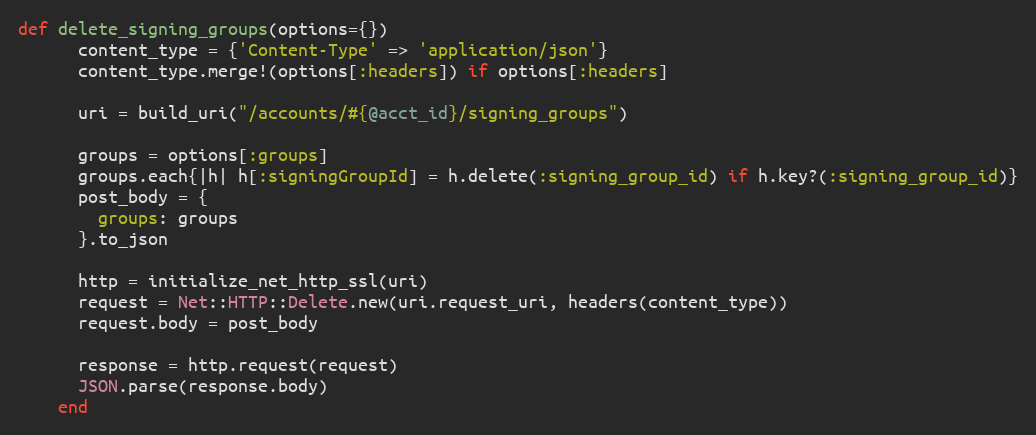
Language: Ruby
def delete_signing_groups(options={})
      content_type = {'Content-Type' => 'application/json'}
      content_type.merge!(options[:headers]) if options[:headers]

      uri = build_uri("/accounts/#{@acct_id}/signing_groups")

      groups = options[:groups]
      groups.each{|h| h[:signingGroupId] = h.delete(:signing_group_id) if h.key?(:signing_group_id)}
      post_body = {
        groups: groups
      }.to_json

      http = initialize_net_http_ssl(uri)
      request = Net::HTTP::Delete.new(uri.request_uri, headers(content_type))
      request.body = post_body

      response = http.request(request)
      JSON.parse(response.body)
    end